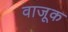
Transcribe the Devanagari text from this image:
वाजूक